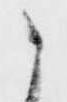
之